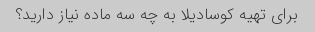
برای تهیه کوسادیلا به چه سه ماده نیاز دارید؟